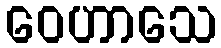
ဝေဟာသေ